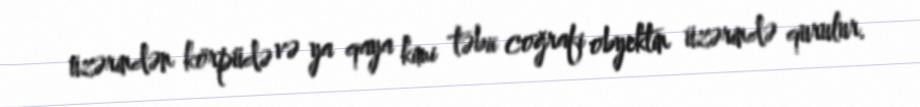
üzərindən körpüdə və ya qaya kimi təbii coğrafi obyektin üzərində qurulur.